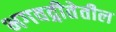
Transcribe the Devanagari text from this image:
भगवद्गीतेतील